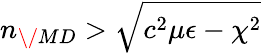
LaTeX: n_{\/ {MD}}>\sqrt{c^{2}\mu\epsilon-\chi^{2}}